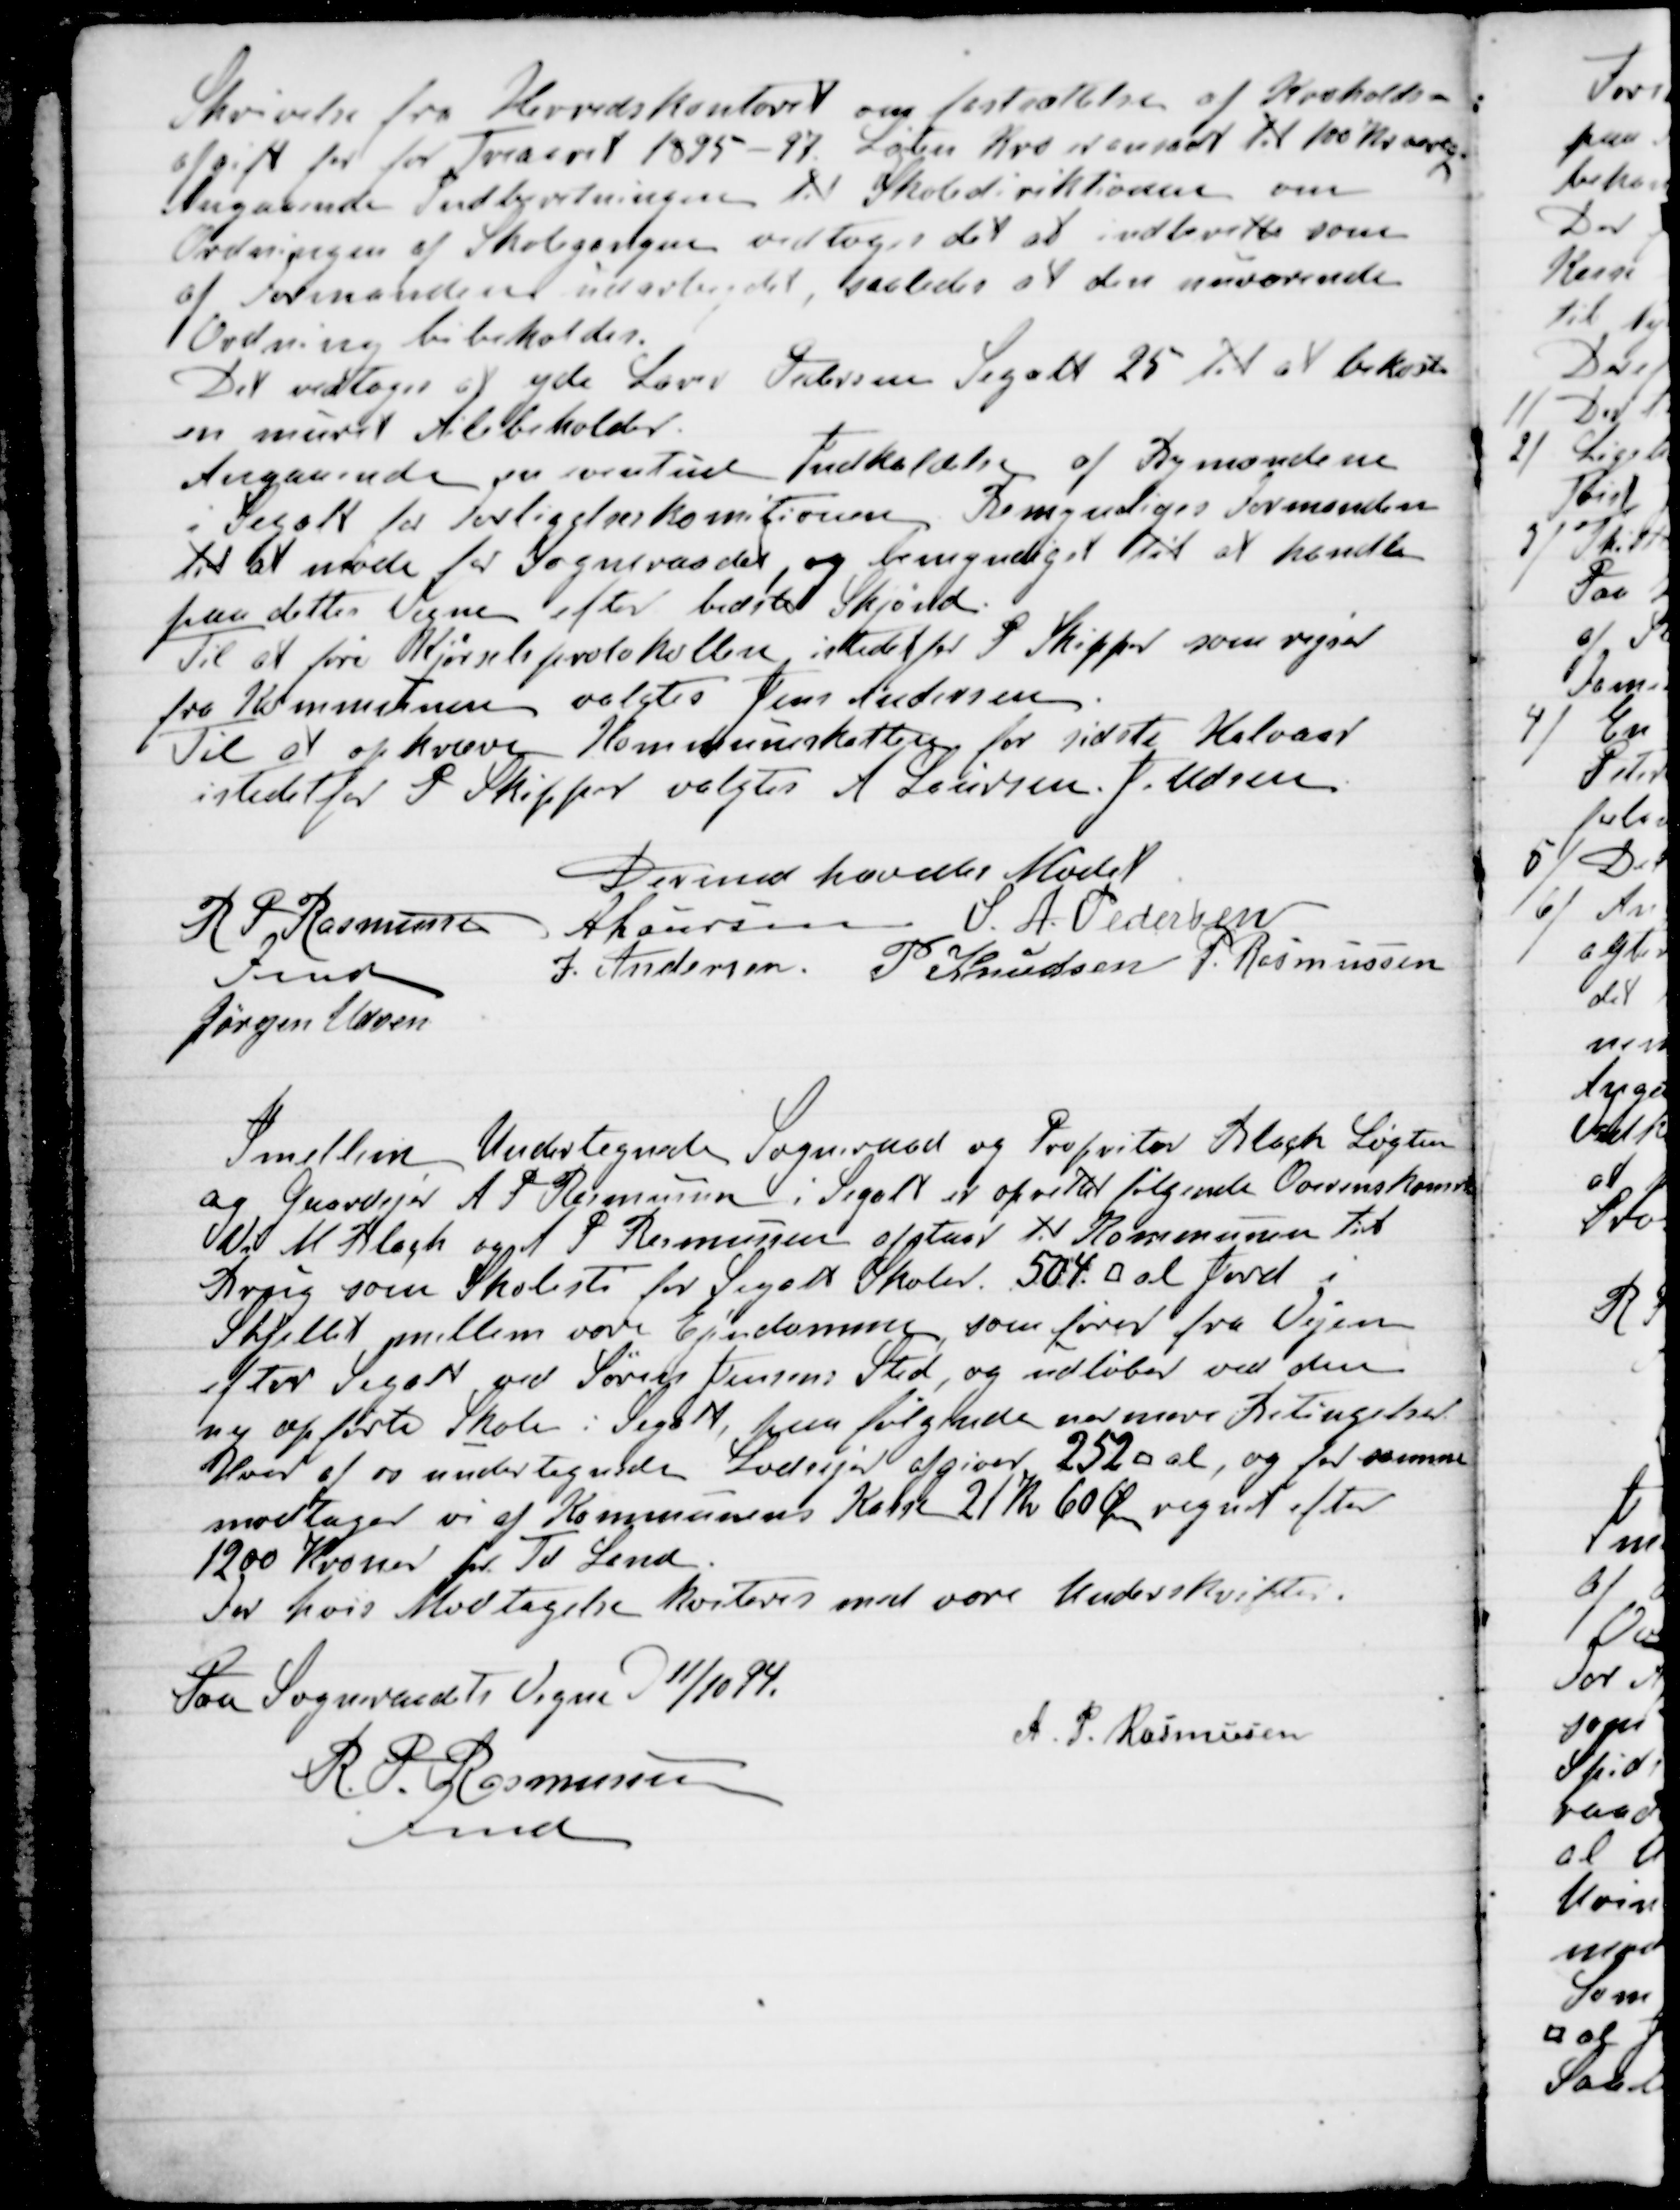
Transskription:
Skrivelse fra Herredskontoret om fastsættelse af Kroholds-
afgift for for Treaaret 1895 - 97. Løgten Kro er ansadt til 100 Kr aarlig.
Angaaende Indberetningen til Skolediriktionen om
Ordningen af Skolegangen vedtoges det at indberette som
af Formanden udarbejdet, saaledes at den nuværende                              
Ordning bibeholdes.
Det vedtoges at yde Lærer Pedersen Segalt 25 til at bekoste
en muret Ailebeholder
Angaaende en eventuel Indkaldelse af Bymændene
i Segalt for Forligelseskomitionen Bemyndigedes Formanden
til at møde for Sogneraadet, og bemyndiget til at handle
paa dettes Vegne efter bedste Skjønd.
Til at føre Kjørselsprotokollen istedetfor P Skipper som rejser
fra Kommunen valgtes Jens Andersen.
Til at opkræve Kommuneskatten for sidste Halvaar
istedetfor P Skipper valgtes A Laursen. J. Udsen
Dermed hævedes Mødet.
R P Rasmussen
Fmd
A Laursen
S. A. Pedersen
J. Andersen.
P Knudsen
P. Rasmussen
Jørgen Udsen

Imellem Undertegnede Sogneraad og Propritær Blach Løgten
og Gaardejer A P Rasmussen i Segalt er oprettet følgende Overenskomst
Vi M Blach og A P Rasmussen afstaar til Kommunen til
Brug som Skolesti for Segalt Skoler 504. □ al Jord i
Skjellet mellem vore Ejendomme, som fører fra Vejen
efter Segalt ved Søren Jensens Sted, og udløber ved den
ny opførte Skole i Segalt, paa følgende nærmere Betingelser
Hver af os undertegnede Lodsejer afgiver 252 □ al, og for samme
modtager vi af Kommunens Kasse 21 Kr 60 Øre regnet efter
1200 Kroner pr. Td Land.
For hvis Modtagelse kviteres med vore Underskrifter.
Paa Sogneraadets Vegne D 11/10 94.
R. P. Rasmussen
Fmd
 A. P. Rasmussen